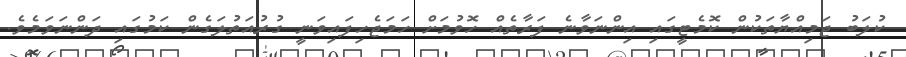
ކުލަބު ޖަމިއްޔާތަކުން ކޮމެޓީގައި އިންނަވާނެ ފަރާތެއް ހޮވުމަށް ހަމަޖެހިފައިވަނީ ގުރުއަތުލަގެން ކަމުގައި ދަންނަވަމެވެ.